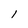
Character: l